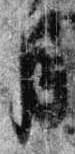
月